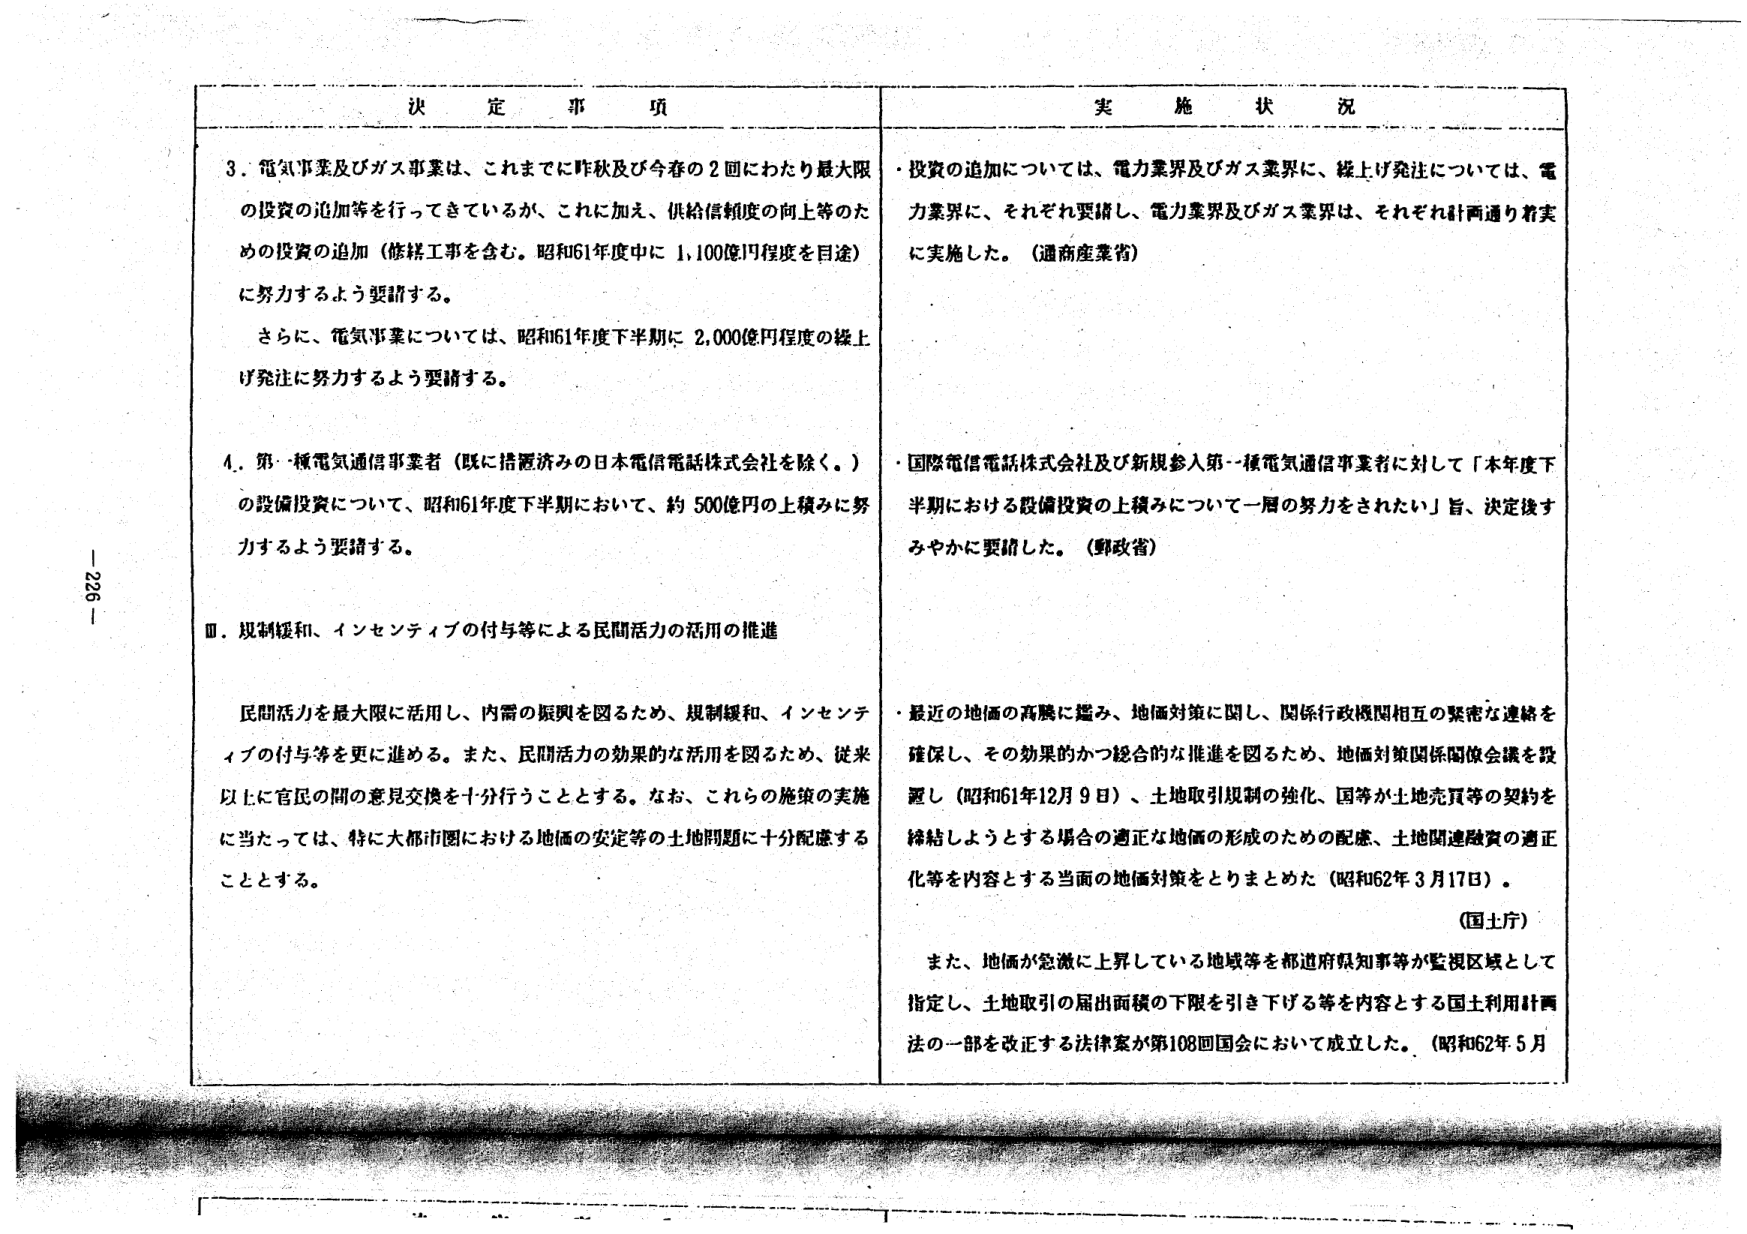
決 定 事 項

3. 電気事業及びガス事業は、これまでに昨秋及び今春の2回にわたり最大限の投資の追加等を行ってきているが、これに加え、供給信頼度の向上等のための投資の追加（修繕工事を含む。昭和61年度中に1,100億円程度を目途）に努力するよう要請する。

さらに、電気事業については、昭和61年度下半期に2,000億円程度の繰上げ発注に努力するよう要請する。

4. 第一種電気通信事業者（既に措置済みの日本電信電話株式会社を除く。）の設備投資について、昭和61年度下半期において、約500億円の上積みに努力するよう要請する。

Ⅲ．規制緩和、インセンティブの付与等による民間活力の活用の推進

民間活力を最大限に活用し、内需の振興を図るため、規制緩和、インセンティブの付与等を更に進める。また、民間活力の効果的な活用を図るため、従来以上に官民の間の意見交換を十分行うこととする。なお、これらの施策の実施に当たっては、特に大都市圏における地価の安定等の土地問題に十分配慮することとする。

実 施 状 況

・投資の追加については、電力業界及びガス業界に、繰上げ発注については、電力業界に、それぞれ要請し、電力業界及びガス業界は、それぞれ計画通り着実に実施した。（通商産業省）

・国際電信電話株式会社及び新規参入第一種電気通信事業者に対して「本年度下半期における設備投資の上積みについて一層の努力をされたい」旨、決定後すみやかに要請した。（郵政省）

・最近の地価の高騰に鑑み、地価対策に関し、関係行政機関相互の緊密な連絡を確保し、その効果的かつ総合的な推進を図るため、地価対策関係閣僚会議を設置し（昭和61年12月9日）、土地取引規制の強化、国等が土地売買等の契約を締結しようとする場合の適正な地価の形成のための配慮、土地関連融資の適正化等を内容とする当面の地価対策をとりまとめた（昭和62年3月17日）。

（国土庁）

また、地価が急激に上昇している地域等を都道府県知事等が監視区域として指定し、土地取引の届出面積の下限を引き下げる等を内容とする国土利用計画法の一部を改正する法律案が第108回国会において成立した。（昭和62年5月）

- 226 -